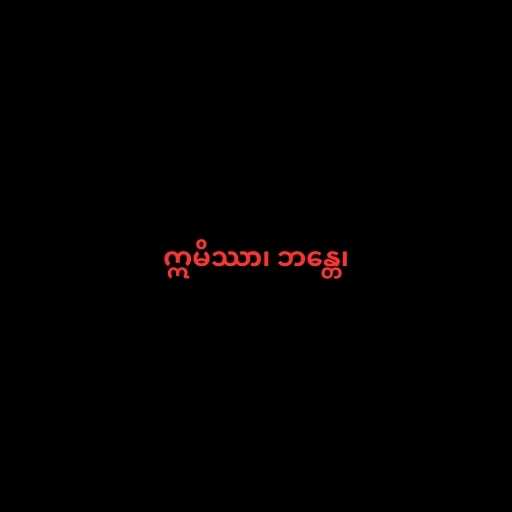
ဣမိဿာ၊ ဘန္တေ၊